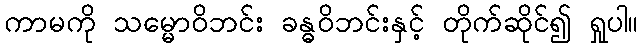
ကာမကို သမ္မောဝိဘင်း ခန္ဓဝိဘင်းနှင့် တိုက်ဆိုင်၍ ရှုပါ။